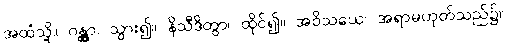
အထံသို့။ ဂန္တွာ၊ သွား၍။ နိသီဒိတွာ၊ ထိုင်၍။ အဝိသယေ၊ အရာမဟုတ်သည်၌။